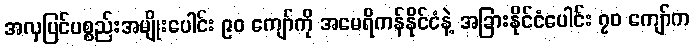
အလှပြင်ပစ္စည်းအမျိုးပေါင်း ၉၀ ကျော်ကို အမေရိကန်နိုင်ငံနဲ့ အခြားနိုင်ငံပေါင်း ၇၀ ကျော်က